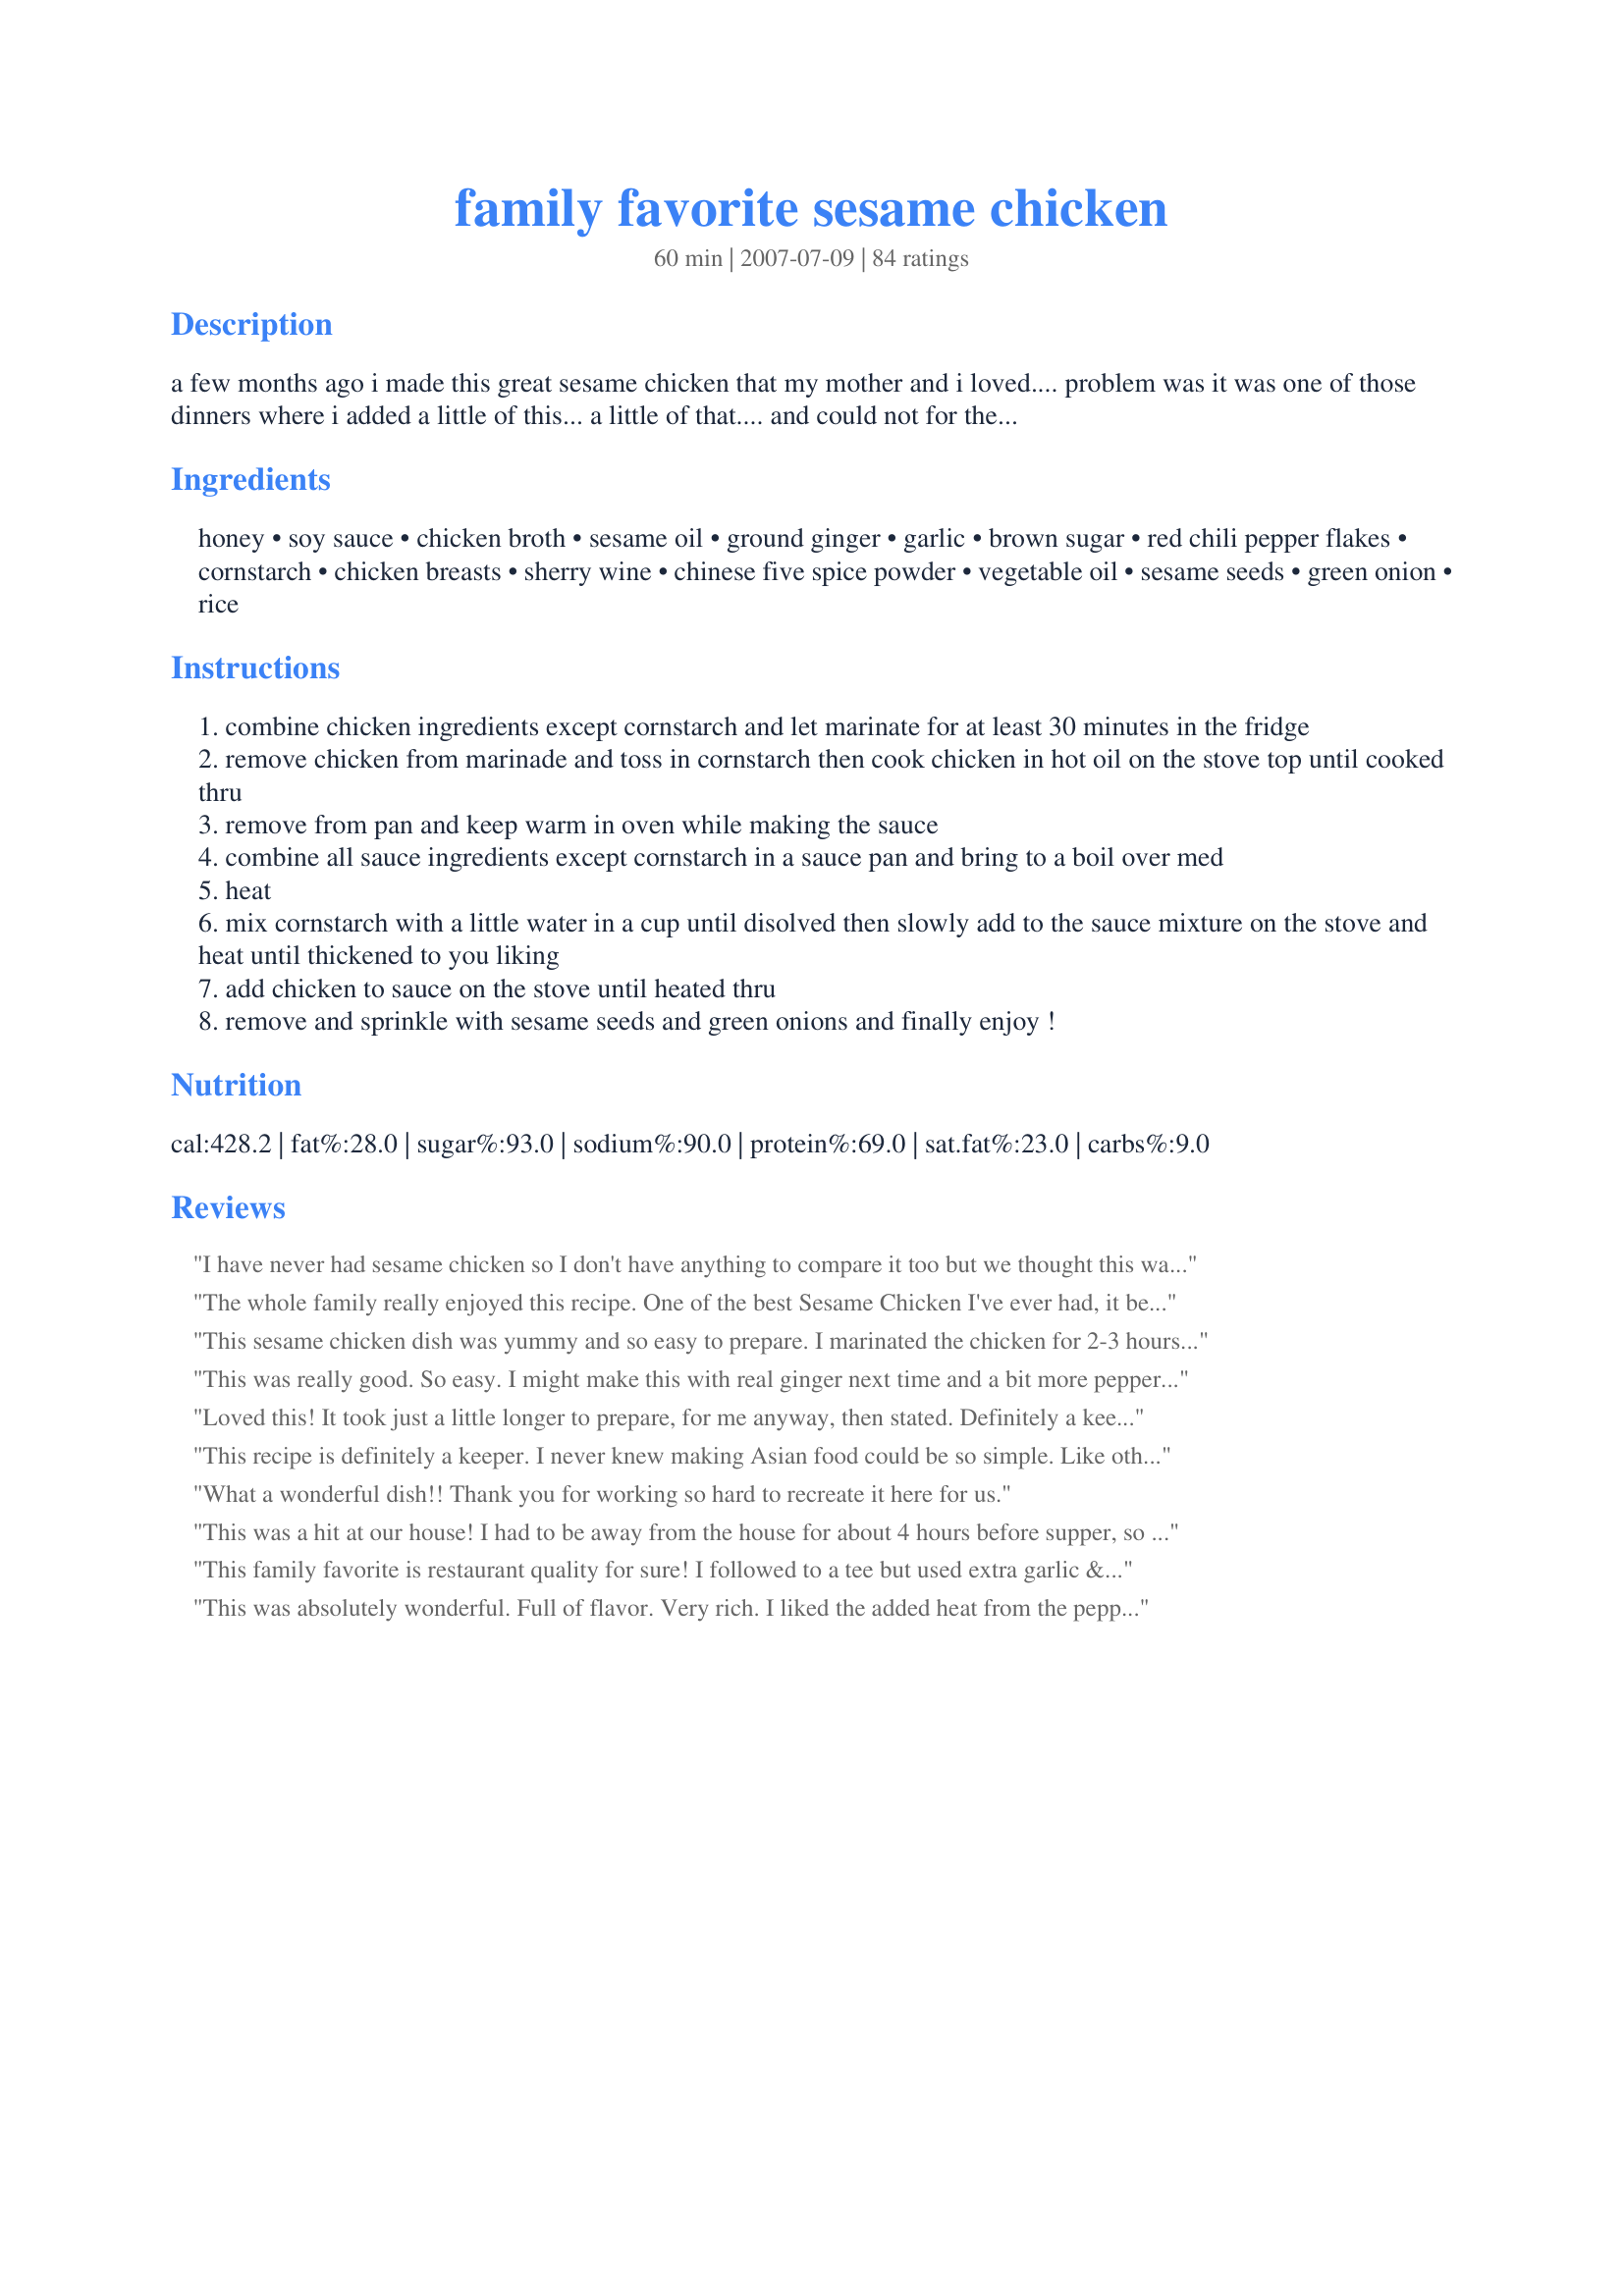
family favorite sesame chicken
Preparation time: 60 minutes

a few months ago i made this great sesame chicken that my mother and i loved.... problem was it was one of those dinners where i added a little of this... a little of that.... and could not for the life of me remember what on earth i put in it!! so after months of tinkering in the kitchen i finally came up with the recipe last night, and wrote down all the ingredients!! enjoy!

Ingredients:
honey, soy sauce, chicken broth, sesame oil, ground ginger, garlic, brown sugar, red chili pepper flakes, cornstarch, chicken breasts, sherry wine, chinese five spice powder, vegetable oil, sesame seeds, green onion, rice

Steps:
combine chicken ingredients except cornstarch and let marinate for at least 30 minutes in the fridge
remove chicken from marinade and toss in cornstarch then cook chicken in hot oil on the stove top until cooked thru
remove from pan and keep warm in oven while making the sauce
combine all sauce ingredients except cornstarch in a sauce pan and bring to a boil over med
heat
mix cornstarch with a little water in a cup until disolved then slowly add to the sauce mixture on the stove and heat until thickened to you liking
add chicken to sauce on the stove until heated thru
remove and sprinkle with sesame seeds and green onions and finally enjoy !

Reviews:
I have never had sesame chicken so I don't have anything to compare it too but we thought this was good, just a bit too sweet for us. I followed the recipe as written and I did add the optional chinese five spice powder. I served this over brown rice with a side of broccoli. I didn't add the green onions on top as my kids wouldn't have even tried it then :)
The whole family really enjoyed this recipe. One of the best Sesame Chicken I've ever had, it beats any Chinese restaurant by miles. Made a slight change, coated each chicken piece individual with corn flour then fried them for a crisp coating. Also didn't coat all the chicken with sauce just poured it on top of the chicken. The chilli in the sauce was to spicy for Little Miss (DD) so this is why I poured it on top. I left out the green onions as didn't have a fresh bunch at home and used the optional Chinese five spice powder and used peanut oil for the frying. Thank you Anme
This sesame chicken dish was yummy and so easy to prepare. I marinated the chicken for 2-3 hours and skipped the Chinese 5 spice powder (because I don't have it). We served this chicken on top of an Asian-inspired salad - no dressing necessary with the lovely sesame chicken sauce. Thanks Anme!
This was really good. So easy. I might make this with real ginger next time and a bit more pepper flakes, but otherwise it's a keeper!
Loved this! It took just a little longer to prepare, for me anyway, then stated. Definitely a keeper. :)
This recipe is definitely a keeper. I never knew making Asian food could be so simple. Like other posters I didn't fry the chicken but just cooked it in the pan with some vegetable oil and it came out wonderfully except the cornstarch seemed to cook off of it, I'll have to find a way to fix that next time. Thank you for posting this!
What a wonderful dish!! Thank you for working so hard to recreate it here for us.
This was a hit at our house! I had to be away from the house for about 4 hours before supper, so I made it ahead and put it in my crock pot on the &quot;keep warm&quot; setting, and it was amazing! So tender and delicious! Served it with fresh steamed broccoli over rice noodles.
This family favorite is restaurant quality for sure! I followed to a tee but used extra garlic & sesame oil. Paired it with brown rice infused w/garlic and chicken broth. This will definitely be on my rotation. Thank you anme for a wonderful 5 star dish!
This was absolutely wonderful. Full of flavor. Very rich. I liked the added heat from the pepper flakes. I did double the sauce except the ground ginger. (We like a lot of sauce) I may next time skip the frying in oil and just stir fry to cut some of the calories. Oh, and I left out the Chinese five spice powder because that is one spice I just don't like. Thanks for sharing. I'll be making this again.
Excellent recipe. This was very easy to make and tasted wonderful. I definitely recommend serving this over rice, since there is a lot of flavorful sauce. My daughter gave this recipe 2 thumbs up. Thanks!
This turned out delicious!!! I didn't use any of the chinese five spice powder or any of the sherry wine and it turned out great! Definitely restaurant quality. YUMM!
This was delicious, I'd definitly make this again.
This is my favorite sesame chicken recipe. I make it all the time. Delicious!
This is delicious! Better than most carry-out places. I have used this sauce to glaze the chicken and bake it. I have also used it for breaded and pan fried shrimp. Very versatile (some weeks, I make it 2 or 3 times) and easy to make.
delicious chicken! it was a bit involved..but would probably be easier the second time i make it. i added some pea pods and bean sprouts. this had a wonderful flavor. thanks!
Excellent recipe! I love this dish, and usually have these ingredients on hand. Thanks so much for posting!
This had great flavor! I did use the 5 spice but I used a little less than 1/2 tsp. I like the flavor of it but I feel it can take over a dish very easly. I'm glad I decreased it, because there was just a hint and it was perfect for us. I also used fresh ginger. I skipped the warming step and prepped my sauce while I was stir frying the chicken in a wok. When the chicken was cooked I poured the sauce over it and turned it to low to simmer and thicken. I served this over brown rice and there was just enough extra sauce to soak into the rice too. We enjoyed this, thanks Anme!
Fabuloous dish!! Big taste for little effort. My family thought it tasted just like one of our favorite dishes at a local Chinese restaurant. The sauce was rich in flavor with a little spiciness from the pepper flakes and sweetness from the brown sugar and honey. I used tamari sauce instead of the soy sauce and eliminated the Chinese five spice powder. Sesame oil has such a strong flavor so I decided to cut down the amount in the sauce to 1 teaspoon and was pleased with the results. Thanks for tinkering in the kitchen Anme, you nailed this one!!
Delicious! I made this for my family and we devoured it. Its easy to prepare and it tastes just like our favorite restaurant. I really liked the marinade for this dish, really makes it. Thank you for taking the time to figure out the recipe.
I made this recipe for a Christmas Party last month and it was GONE!!! I doubled the recipe too! I have since made it again for New Year's Eve and again, GONE! AWESOME!!!!!! This goes in my cookbook under favorites!!
I tried this a couple of weeks ago and just made it a second time per request. My family loves it. I advise using the Chinese 5 spice, and frying in a mix of peanut and canola oil - it really makes a difference. I used 2 Tablespoons of brown sugar in the sauce because it wasn't sweet enough for us the first time, but my 4 boys like the chicken without any of the sauce as well. I added blanched broccoli and fresh red bell peppers for color and texture just before serving. It was every bit as good as what we eat at restaurants.
awesome recipe! so easy too! this was a huge hit w/ me and the kids. definately going into my favorites file.
Made this yesterday. Absolutely delicious. I didn't have the Chinese five spice so I used 1/2 tsp of ginger like someone else suggested...Thanks for sharing.
This was great! I used potato starch b/c im allergic to corn and it turned out great. It was very good! I'll definitely make this next time we have a craving for chinese food. It was so easy!
Really nice! This makes a good deal of sauce, which is great for my family. THANKS
This was really delicious, and the sauce was a thick dark brown the way you get it in a Chinese restaurant. Great for someone who wants to enjoy real-tasting Chinese food with no MSG!! :) I made mine with steamed spinach and stir fried Bok Choy.
Thank you for the recipe! I followed the recipe except I stir fried the coated chicken in a couple of teaspoons of veg oil. It was wonderful! I will make this again.
Made exactly as written - it turned out great.
The sauce to this recipe is spot on. Very good!!!
Delish! I used Bragg's liquid aminos for soy sauce, 1 1/2 T sesame oil (but will use 1 next time), no pepper flakes and 1/4 tsp Chinese 5 spice. I tasted it b4 serving to my family with rice and I know it will go over well. This took me closer to 45 minutes, though, so I would make this on a weekend when we can use more dishes and time. I used Smart Balance oil also.
Oh YUM! This is so perfect! I love getting sesame chicken at chinese resteraunts, but it's not the same from place to place. I can now order other items there, as I have found our favorite here in this recipe! The only thing I omitted was the sherry wine, and used vegetable oil where sesame oil was called for. Thanks for posting!
This one got rave reviews! Prepared as mostly directed, the only changes I made were to double everything in the sauce except the Sesame Oil, I only used 2 Tablespoons total, add several dashes of pepper flakes, and several green onions.
I totally read it funny and marinated the chicken in the sauce instead of the marinade. When I realized what I'd done (after 30 min in the fridge!) I took out the chicken, coated them with cornstarch and fried them, made half the recipe again for the sauce, adding a little brown sugar and five spice powder, then boiled both sauces together, added cornstarch and then the chicken, and served it over rice.
IT WAS DELICIOUS!!!!!!! but...next time I'm gonna do it right!
Yummy! This was superb, Anme! I used white cooking wine as I didn't have any Sherry and I didn't have any 5 spice powder or sesame oil. I used canola in place of the sesame. Thanks for the great recipe!! This recipe made it into our book#179809!
I love anything Asian inspired, and this chicken came out so wonderful! I loved the mix of flavors from all the ingredients, and this has been put in my "keeper" file for future use. We loved it! Awesome!
We definitely enjoyed this, will make again. I used fresh ginger and garlic, and cut back on the five spice powder so as not to overpower the dish as others recommended.
Delicious! This is quick and easy. I added yakisoba noodles because I love them.
Had DH do this, and he must have overlooked that in making the sauce, 2 tsp of cornstarch should be placed in last,hence it became thick right away. lol He also liked the chicken w/o the sauce so we set aside half of it to be mixed w/ sauce and the other half to be eaten as is. Didn't have anymore green onions to garnish with it though. This tastes better than the other sesame dish I once tried. It's tasty sesame sweet w/ a bit of spice and DH liked it too. Thanks for a wonderful recipe, Anme!
OUTSTANDING chicken! I made the recipe as is, but did double the sauce ingredients, 'cause I like it soaking-into-the-rice kind of thing! Another time (& there WILL be many more of them) I'd like to cut back on the amount of sodium somehow! Thanks for sharing your wonderful recipe! [Tagged, made & reviewed in Please Review My Recipe cooking game]
Very good! I enjoyed making what I have always enjoyed without the price tag..
This did taste like authentic chinese food but my sauce turned out very salty and not sweet at all. I didn't use the sesame oil so maybe that would make a difference. Also I only used 3 chicken breasts and there was very little sauce, added some frozen broccoli in while it was thickening. It was a lot of trouble to make and very messy since I fried the chicken in 3 batches so maybe next time I would just use grilled chicken and add more sugar. But at least now I know how to make it the authentic way!
This is completely and utterly fantastic. The sauce is exactly what you want when you want sesame chicken. In fact, it is so good, I think you could skip the frying and simply grill the marinated chicken and it would still be wonderful! I doubled the sauce and used fresh ginger, otherwise made as directed and served with fried rice.
Overall this was a pretty good recipe. I didn't have time to marinate the chicken but I didn't feel like it was missing any flavor. Next time I'll either use low sodium soy sauce or cut the regular soy with water, thought it was a bit too salty for my taste. I will probably add a little more honey, we're used to a little bit more sweetness. Other than that, a great recipe!
This is a very nice sesame chicken recipe. I used about a teaspoon of red pepper flakes because we like it spicy and probably increased the sauce amount by about half and added a can of sliced water chestnuts. Delicious! Thanks for sharing.
Good, flavorful sauce and the chicken turned out very moist. Next time I'd leave out the 5 Spice powder as it was a little overwhelming.
The chicken was very good. It didn't take too long to make after I got home for work. I had everything on hand too. This will be something we make again.
Great recipe anme, it certainly tasted restaurant worthy to us. What a super recipe. It was quick and easy to make with easy to follow instructions. I started preparations early to allow it to marinade for 8 hours. So glad that I did, it had so much flavor. The recipe was made exactly as written, but used a little less of the 5 spice powder (dh&#039;s personal preference only). The chicken was perfect, moist and tender while the beautiful velvety sauce coated everything. It truly tasted as good as it looked. Thank you for sharing.
Followed directions and doubled sauce as suggested, over Jasmine Rice. YUMMY! Be sure to not thicken sauce too much before adding chicken for easier flow. We’ll be having this again. Thanks for posting!
This is so gooood!!! I did double the sauce. Otherwise, made as written. Thanks for a great Sesame Chicken.
I actually didn't do the chicken like the recipe called for, I just made the sauce. We liked the flavor and I loved that it made plenty of sauce. I added cauliflower, snow peas and carrots after I cooked some chicken with garlic and sesame oil. I also forgot to garnish with the onions and sesame seeds. We
So quick and easy and so very good. I did have to make a few small changes for personal taste and it turned out fine. I decreased the ginger to 3/4 tsp. and the sesame oil to 1 tsp in the sauce. It still had a wonderful flavour of both of these ingredients. I did run a little short of soya sauce and it tasted fine. I loved the stickiness of the chicken but my husband really would have liked more sauce for the rice. I will double the sauce next time. The aroma in the kitchen was heavenly. I will be making this one again. It would make a great quick meal for company. Thanks for sharing your recipe. Made for PRMR.
I decided to make this recipe when I had some chicken breasts I wanted to cook up. We loved this recipe and will be making this dish often. I used 1 tablespoon sesame oil, other than that followed the recipe. 5 stars out to you Anne. Thanks for the great recipe.
Great dish. I made a minor adjustment. We don't like the five spice powder so we add powdered ginger and cinnamon to the sauce (2 of the 5). I'm really not sure frying the chicken is needed. I think it might be just as good with uncoated chicken. Great stuff, thanks.
The kids and I thought this dish came out very good. I made it as written except for omitting the sesame seeds (forgot them), pepper flakes (spice challenged daughter) and 5 spice powder (I just don't care for it). I will definitely make this again as it was comparable to the sesame chicken we get at the Chinese restaurant. (67)
This is an "oh wow." I made it for my niece and nephew-in-law whom I visited this weekend and it was judged a success. Like another reviewer, I probably would double the sauce next time and add a couple of vegetables close to the last minute (blanched peapods and maybe some bok choy, I think. And perhaps a few slivers of carrots).

I used 1 T of sesame oil in the sauce and made it exactly as specified. I added somewhat more sesame oil (maybe 1/2 t) to the marinade for the chicken. 

It was delicious!
Made as directed except omitted the 5 spice powder as I had none and I added fresh chopped chili in place of the flakes. We like it spicy so I added a good teaspoon of chopped chili...the heat from chili went well with the sweetness of the sauce. Served with steamed rice and wok tossed veg it made for a lovely meal.
Delicious! Absolutely Deliscious! It was so easy too. I've made other Sesame Chicken recipes that were good but very time consuming. This is quick, easy, and did I mention delicious!!!
What a great dish. We all enjoyed it immensely. It took me a while longer than indicated to make it, but I also doubled the recipe, so I had a lot of chicken to cook first. This time I made it just as listed, but I think I may cut back slightly on the sesame oil next time. Definitely restaurant quality and one I'll be making again.
Very good dish! I did not have the 5 spice powder so I used ground ginger instead. Served over white rice with some steamed broccoli on the side.
Super easy recipe with great flavor! Hubby loves Asian food, and this hit the spot for him. Served with sesame roasted green beans and jasmine rice. Yummy.
YUMMY! I doubled the sauce but followed the recipe as written. Our kids got up and ate all the leftovers for breakfast, in our house that means it was a excellent :)
Restaurant Quality. I doubled the sauce and recommend doing this. I used 1 1/2 teaspoons of ginger instead of the 2 teaspoons indicated after double the ingredients. I will add 2 teaspoons next time. I used 2 tablespoons of sesame oil and increased the garlic. If you do not marinate your chicken you will lose some of the flavor but it will still be a good dish. My DH said to make this again so that means MAKE IT:)
Yes, followed directions and doubled sauce recipe as others suggest. Steamed broccoli and tossed in extra sauce. But, only used about 1/2 amount of soy sauce. I also used drum sticks and baked them in the oven at 400 for 40 minutes after marinating them for a couple hours.
I really liked this recipe! I made a mistake and did not read the directions properly and ended up marinating the chicken in what was supposed to be the sauce. It still turned out really nice, although I think I got a bit heavy with the red pepper flakes because it was SPICY! Thanks for sharing this, I will definitely make it again!
My family loved this! We served with fried rice. This reminded me of bourbon chicken. Go easy on the sesame oil unless you really are a fan. I doubled the sauce but really wasn't necessary. I loved the way the chicken was crunchy even covered in the sauce. Will be making again soon!
Loved this recipe. I used it when I had friends visit. It was a big hit, I did not use five spice powder as I didn't have it on hand. I added extra water to the sauch to ensure there was plent to pour on the rice. I also added shredded broccoli and carrot.
The five spice makes this dish delicious! I have been looking for that "missing Chinese flavor!" This tasted better than take-out! I didn't have the suggested sherry wine so just added some red wine. It was divine! Thanks for a super recipe!
Great flavor to this recipe. I did much of the prep work the day before. I cut the chicken into pieces, combined all the sauce ingredients (I doubled up on it) and put the cornstarch in a bowl so it was ready to coat the chicken in. I've made a note to myself to sift the cornstarch to get rid of any lumps. I wanted each chicken piece to be lightly coated with the cornstarch but that didn't happen because my cornstarch was too lumpy. I toasted the sesame seeds in a dry skillet.
Oh my godness. This was so good. I made a few changes though. I didn't have any honey so I put some extra brown sugar. And I added a dash of curry powder to the sauce. The only thing I didn't like about this was the oil in the sauce. It was way way too oily for me, so next time I will exclude it. Thank you for the wonderful recipe.
Definitely need to double the sauce on this one. I added more honey and pepper flakes than called for. Really good, though!
Very easy and a nice dish. I think I'll play with it a bit more as it was a little too sweet for me and a little bland. I still say it is at least a 4 star and probably a 5 given the ease of prepration. Thank you, Anme.
Sorry, but we really didn't care for this one. I made as is except halving the recipe and leaving out the sesame seeds since we didn't have them. The taste was nothing like restaurant sesame chicken. Don't think I'll make again. Sorry!
I made as written except I subbed dissolved boullion instead of broth. DO NOT try this, as it makes the recipe too salty. My fault, but even so the recipe was great. My son wanted thirds of this (very unusual for the little man). Thanks! Can't wait to make again the right way!
Very good, restaurant quality Sesame Chicken! We successfully doubled. Couple of minor changes: no cornstarch when we fried the chicken, and no five spice powder. It turned out fabulously. We will definitely make again :)
Everybody loved it but agreed it was just a bit too sweet. I'll do this again but just go lighter on the sauce. TFS such a quick and easy chicken resipe. Made for the Chinese New Year Tag Game.
This was a really good dish. The only thing I really did different is skipping frying the chicken. We barbecued it instead. I marinated the chicken for a couple hours, and it was very tender. The sauce was really good on it too. A winner, Anme!
All I have to say is WOW! This recipe was so good. The taste was very authentic. I like it better than my Chinese take out place!
I made this tonight for dinner with white rice and some bok choy. The DH really liked it. I cut down on some time by making the sauce while I was cooking the chicken. I did have an issue with the chicken sticking to the pan so I'd suggest using a non-stick or cast iron. Also I skipped the green onion as I forgot it and the sesame seeds alone were a great garnish.
We really enjoyed this recipe. I made half with chicken and half with tofu and both were very good. I omitted the Chinese Five Spice powder as we do not like it, and served with brown rice. It even got compliments from my picky eater! Will be having this again.
You sent the DM to heaven and back even though I used low sodium soy and no salt chicken stock (I still found it too salty) she thought it was great and yes we are on different ends of the planet were salt is concerened. The chicken was moist (I cut it into thick strips) and I did cut back the honey to 1 tablespoon (diabetics) and upped the stock (broth) but forgot the sesame seeds (and I toasted them too). We fed 3 but with enough chicken left over for a fourth so would suggest upping the sauce especially if you like a lot of sauce (the three of us used it all up). Thank you Anme, made for Please Review My Recipe.
Yummy recipe :) Definitely doubling the sauce next time
Very good! I used a little less than 1 tablespoon sesame oil as suggested by other reviewers and I think next time I would use more since the sesame flavor was not too distinct. I used the chinese 5 spice powder and peanut oil for frying. It made a yummy easy weeknight meal served over plain white rice. Thanks for sharing your recipe Anme!
It's a great recipe, my children enjoyed it! Thanks!
